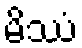
မိဿံ